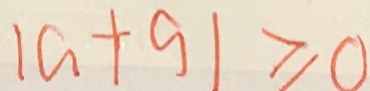
\vert a + 9 \vert \geq 0